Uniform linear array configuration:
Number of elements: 8
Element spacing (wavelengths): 0.25
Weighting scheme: blackman
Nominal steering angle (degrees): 60
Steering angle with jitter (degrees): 60.458
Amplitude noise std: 0.05
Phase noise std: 0.05

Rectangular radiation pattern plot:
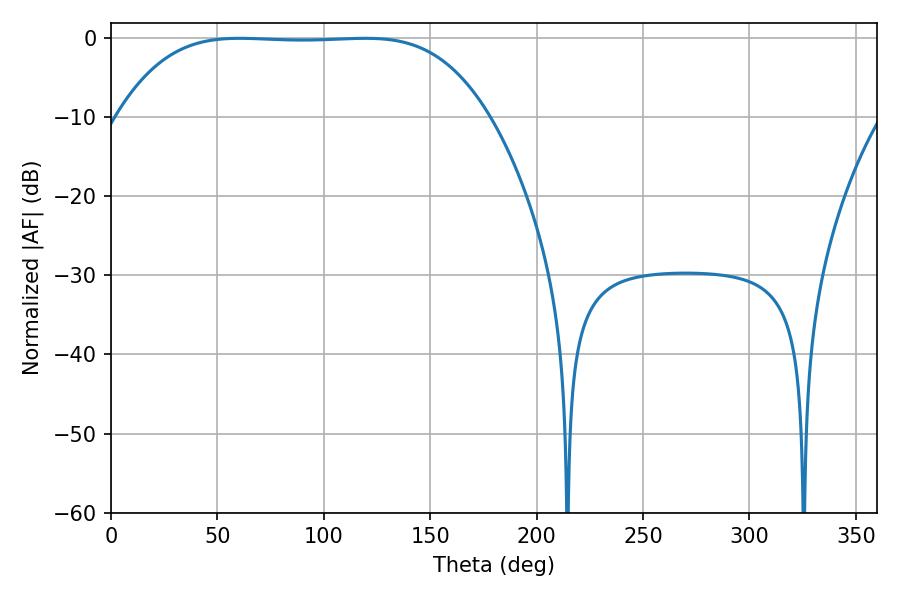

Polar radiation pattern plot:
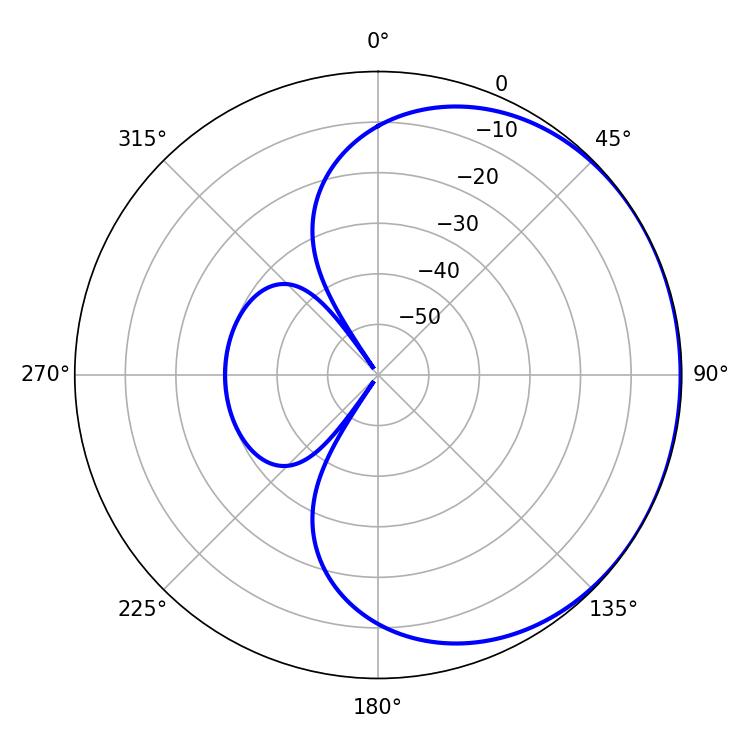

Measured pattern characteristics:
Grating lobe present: FALSE
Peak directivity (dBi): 0.5843
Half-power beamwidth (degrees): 133.2
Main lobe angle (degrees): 60.48